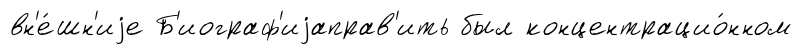
вн'е́шн'иjе Б'иограф'иjаправ'ить был концентрацио́нном